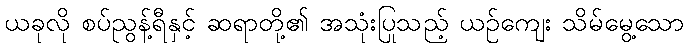
ယခုလို စပ်ညွန့်ရီနှင့် ဆရာတို့၏ အသုံးပြုသည့် ယဉ်ကျေး သိမ်မွေ့သော